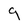
Character: 9